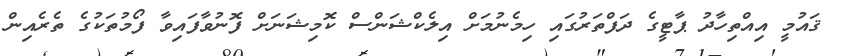
ޤައުމީ އިއްތިހާދު ޕާޓީގެ ދަފްތަރުގައި ހިމެނުމަށް އިލެކްޝަންސް ކޮމިޝަނަށް ފޮނުވާފައިވާ ފޯމުތަކުގެ ތެރެއިން